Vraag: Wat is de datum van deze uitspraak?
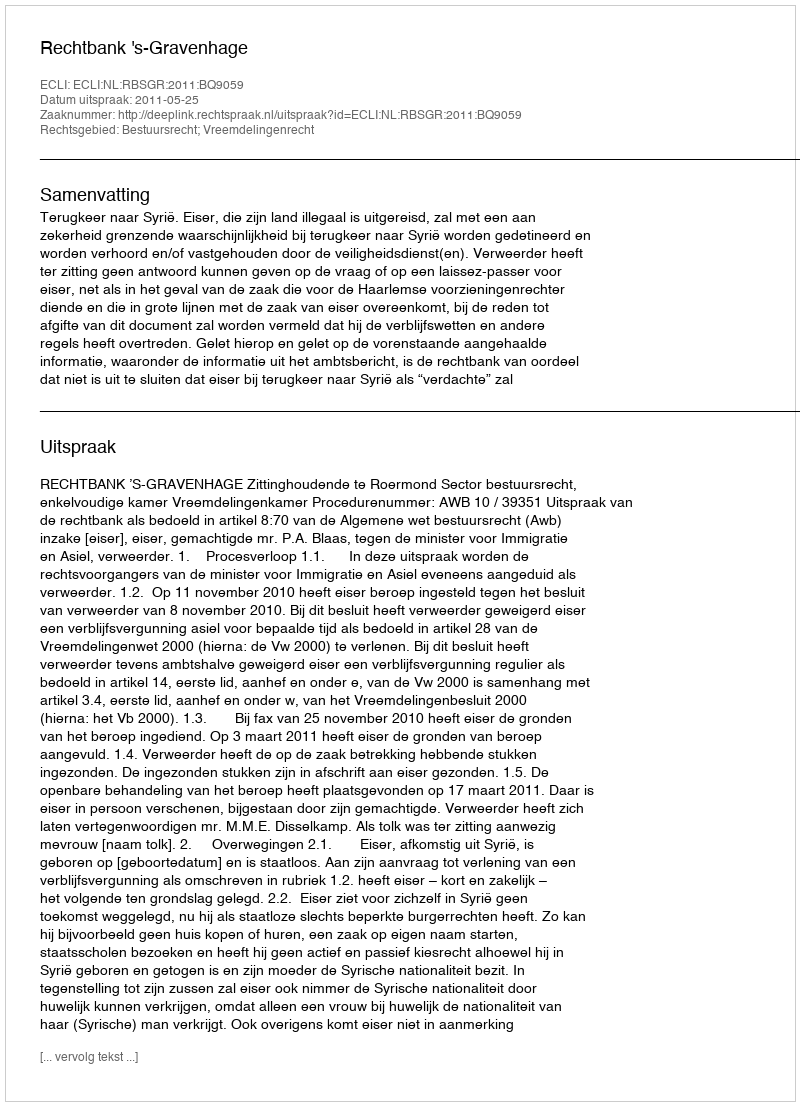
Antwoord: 2011-05-25